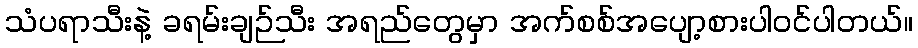
သံပရာသီးနဲ့ ခရမ်းချဉ်သီး အရည်တွေမှာ အက်စစ်အပျော့စားပါဝင်ပါတယ်။